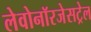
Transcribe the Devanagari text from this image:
लेवोनॉरजेसट्रेल